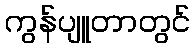
ကွန်ပျူတာတွင်